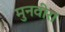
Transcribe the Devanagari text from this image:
मुनवीरा